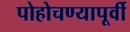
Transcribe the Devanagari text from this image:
पोहोचण्यापूर्वी